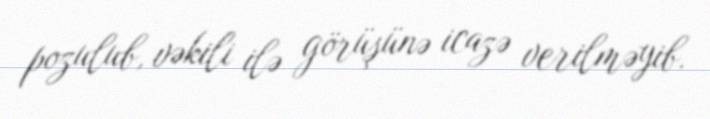
pozulub, vəkili ilə görüşünə icazə verilməyib.